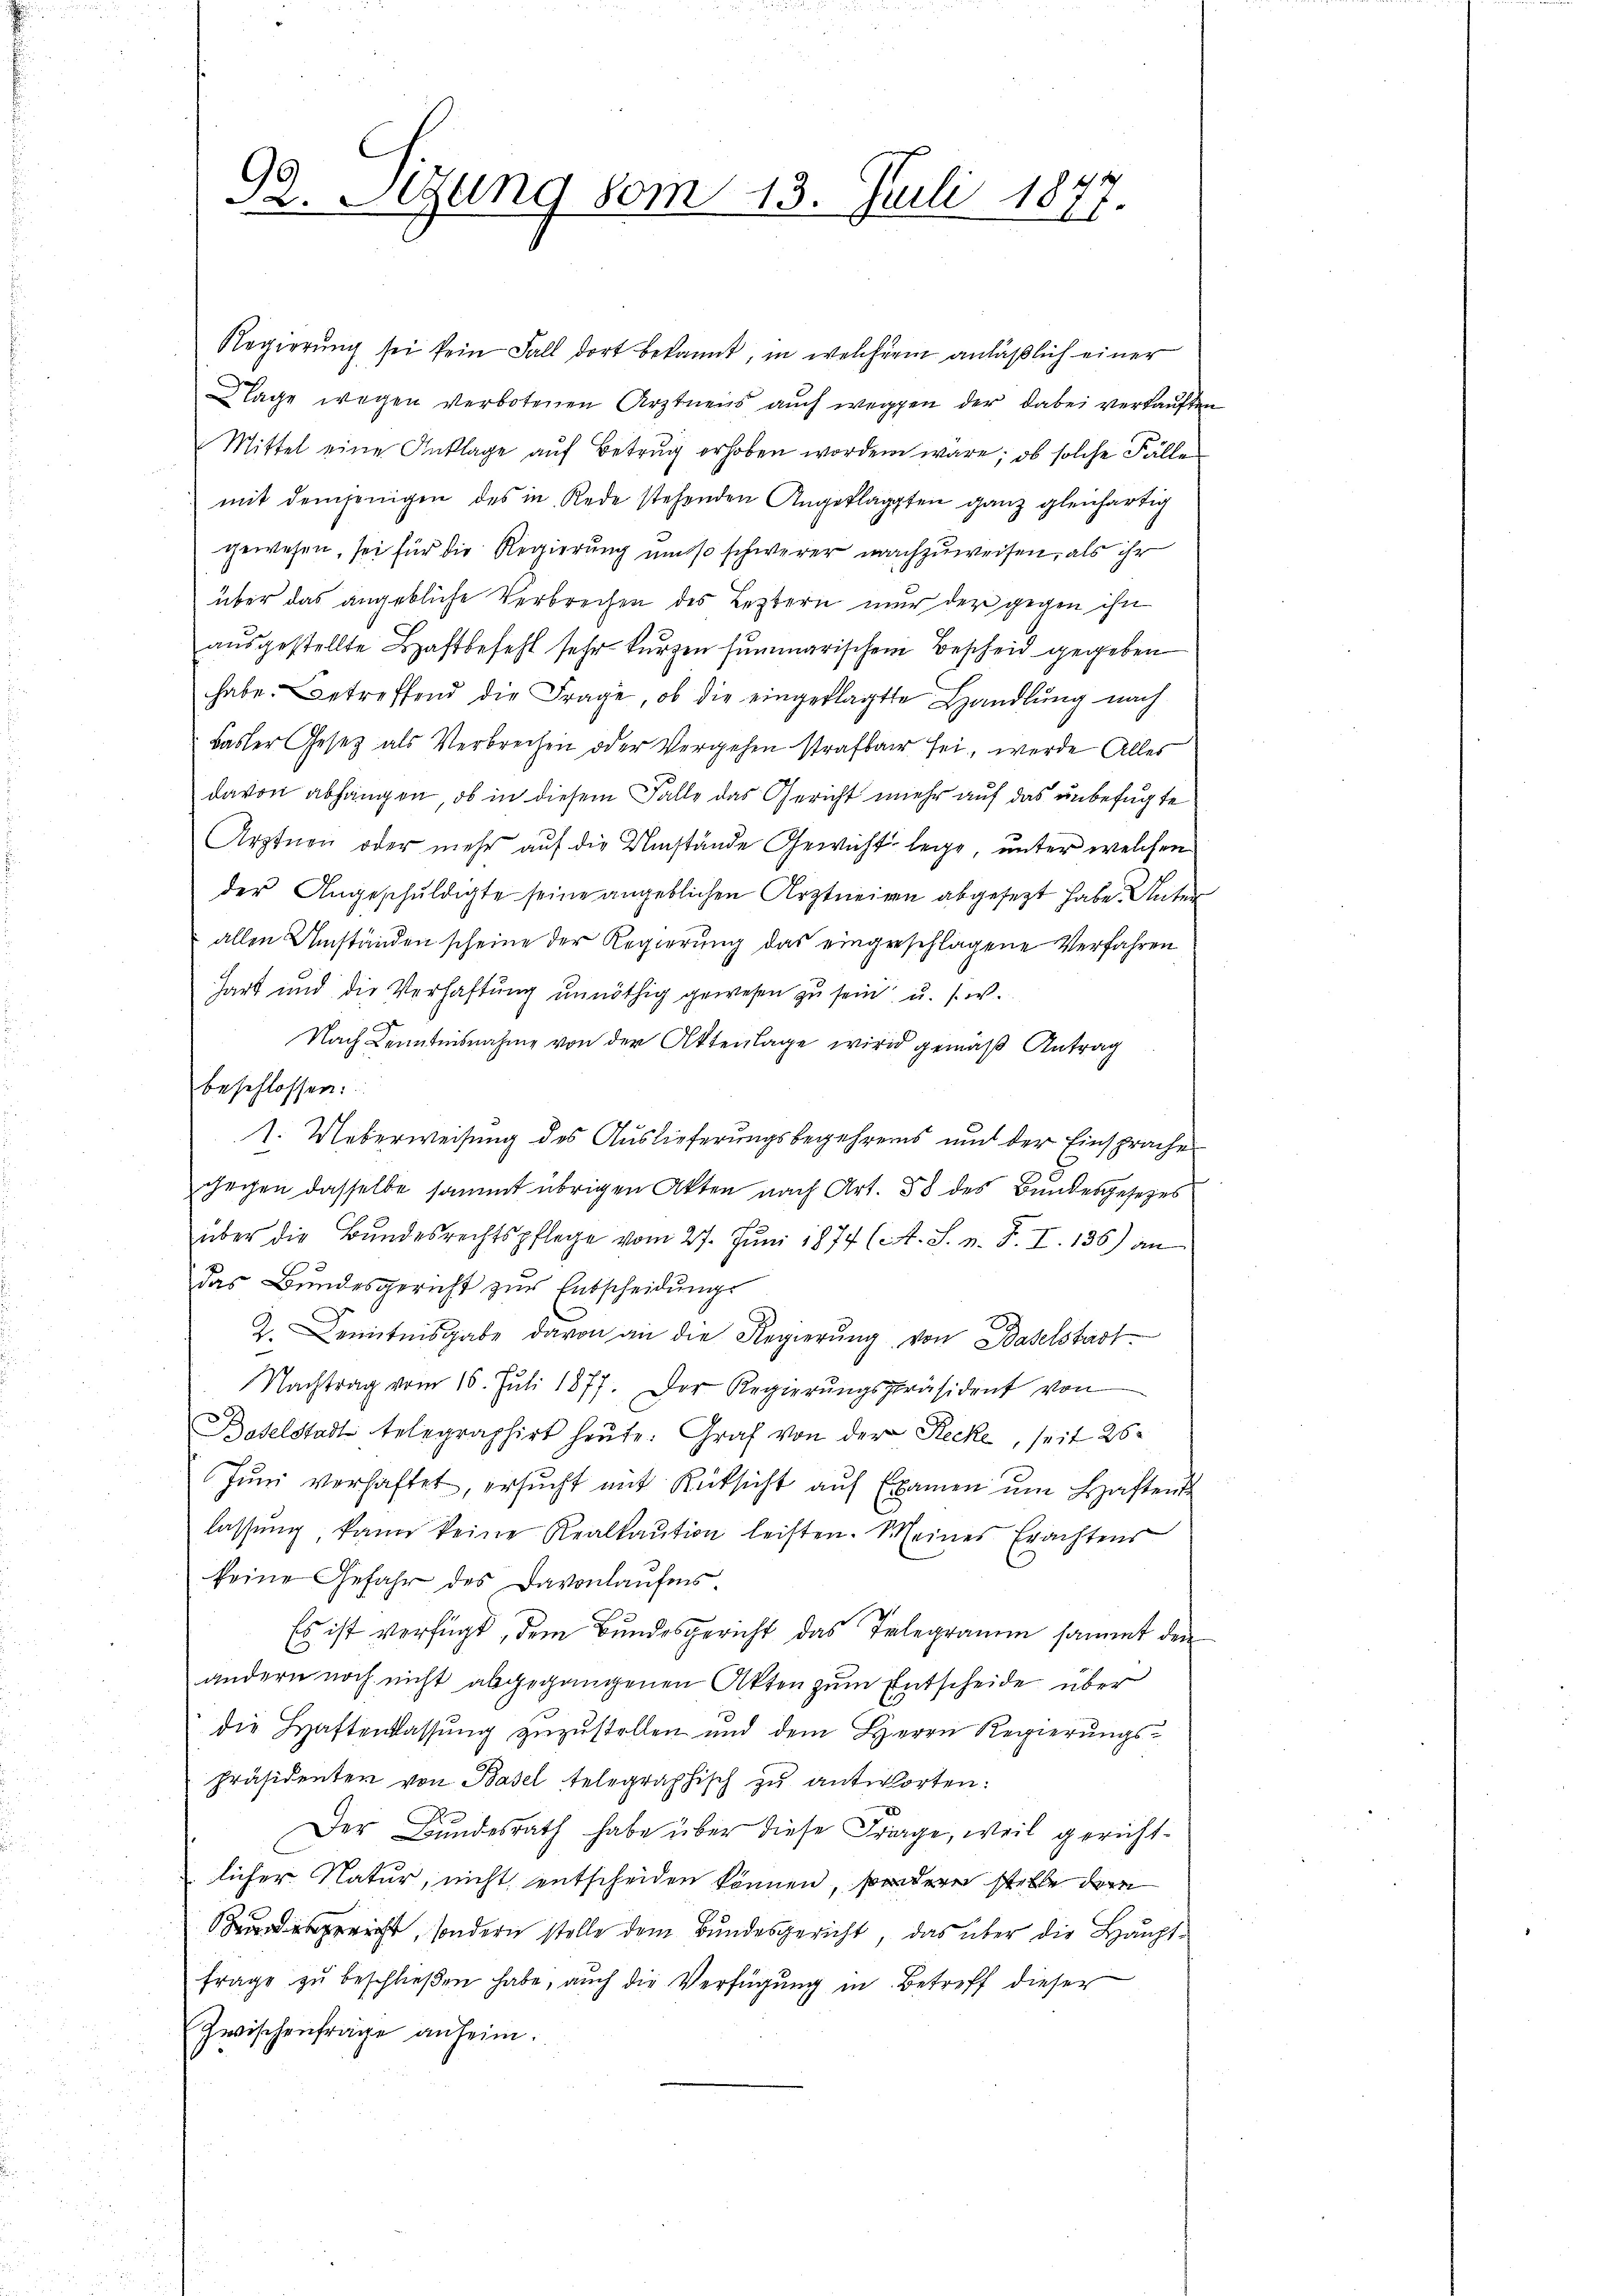
Ge
a. Sigung vom 13. Juli 1877.

Regierŭng sei kein Fall dort bekannt, in welcher anläßlich einer
Klage wegen verbotenen Arztnens auch weggen der dabei verkauften
Mittel eine Anklage auf Betrug erhoben worden wäre, ob solche Fälle
mit demjenigen des in Rede stehenden Angeklagten ganz gleichartig
gewesen, sei für die Regierung um so schwerer nachzuweisen, als ihr
über das angebliche Verbrechen des Leztern nur der gegen ihn
ausgestellte Haftbefehl sehr kurzen summarischem Bescheid gegeben
habe. Betreffend die Frage, ob die eingeklagte Handlung nach
Basler Gesetz als Verbrechen oder Vergehen strafbar sei, werde Alles
davon abhängen, ob in diesem Falle das Gericht mehr auf das unbefugte
Arztnen oder mehr auf die Umstände Gewicht lege, unter welchen
der Angeschuldigte seine angeblichen Arztneien abgesezt habe. Unter
allen Umständen scheine der Regierung das eingeschlagene Verfahren
hart und die Verhaftung unnöthig gewesen zu sein u. s. w.
Nach Kenntnisnahme von der Attenlage wird gemäß Antrag
beschlossen:
1. Ueberweisung des Auslieferungsbegehrers und der Einsprache
gegen dasselbe sammt übrigen Akten nach Art. 58 des Bundesgesezes
über die Bŭndesrechtspflege vom 27. Jŭni 1874 (A. S. v. J. I. 136) an
das Bundesgericht zur Entscheidung
¬
2. Kenntnisgabe davon an die Regierung von Baselstadt
Nachtrag vom 18. Juli 1877. Der Regierŭngspräsident von
Baselstadt telegraphirt heute. Graf von der Recke, seit 26
Jŭni verhaftet, ersŭcht mit Rücksicht aŭf Examen um Haften
lassŭng kann keine Realkaŭtion leisten. Meines Erachtens
keine Gefahr des Davonlaufens
Es ist verfügt, dem Bundesgericht das Telegramm sammt den
andern noch nicht abgegangenen Akten zum Entscheide über
die Haftenlassung zuzustellen und dem Herrn Regierungspräsidenten von Basel telegraphisch zu antworten:
Der Bundesrath habe über diese Frage, weil gerichtlicher Natur, nicht entscheiden können, sondern stelle dan
gericht, sondern stelle dem Bundesgericht, das über die Hauptfrage zu beschließen habe, auch die Verfügung in Betreff dieser
Zwischenfrage anheim.

d